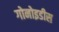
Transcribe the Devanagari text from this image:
गोनोइडीस